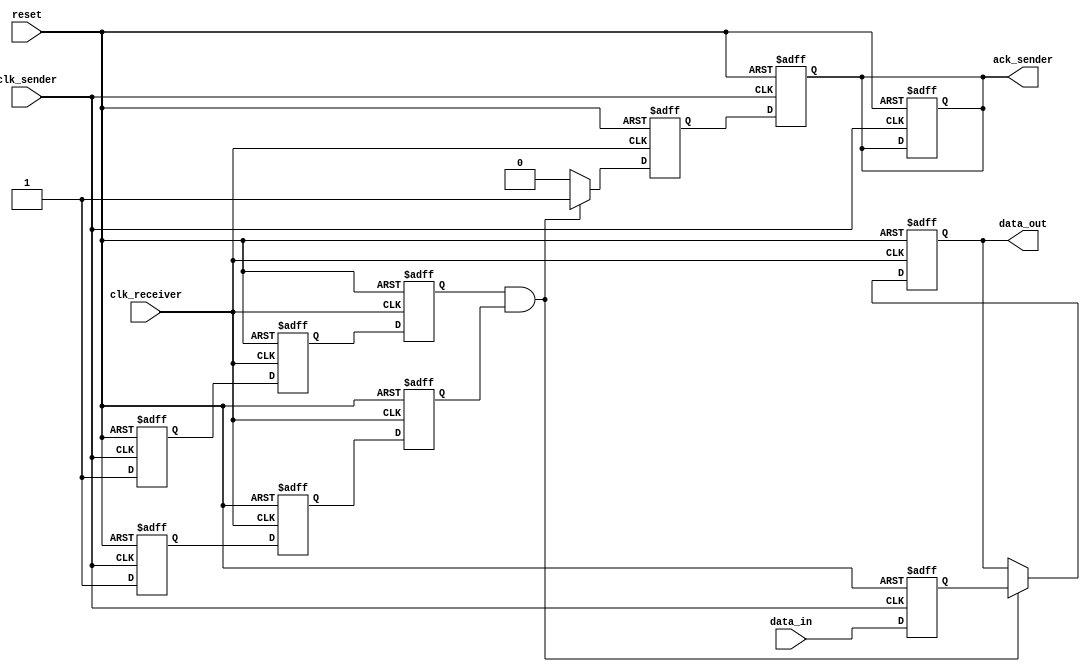
module handshake_synchronizer (
    input wire clk_sender,         // Sender clock
    input wire clk_receiver,       // Receiver clock
    input wire reset,              // Reset signal
    input wire [7:0] data_in,      // Data input from sender
    output reg [7:0] data_out,     // Data output to receiver
    output reg ack_sender          // Acknowledgment signal to sender
);

    // Sender side signals
    reg [7:0] data_reg;            // Data register
    reg valid;                     // Valid signal
    reg handshake;                 // Handshake signal

    // Receiver side signals
    reg valid_sync;                // Synchronized valid signal
    reg handshake_sync;            // Synchronized handshake signal
    reg ack_receiver;              // Acknowledgment signal from receiver

    // Dual-flop synchronizer for valid and handshake signals
    reg valid_sync_ff1, valid_sync_ff2;
    reg handshake_sync_ff1, handshake_sync_ff2;

    // Sender process
    always @(posedge clk_sender or posedge reset) begin
        if (reset) begin
            data_reg <= 8'b0;
            valid <= 1'b0;
            handshake <= 1'b0;
            ack_sender <= 1'b0;
        end else begin
            // Capture data and assert valid and handshake signals
            data_reg <= data_in;
            valid <= 1'b1;
            handshake <= 1'b1;
        end
    end

    // Receiver process
    always @(posedge clk_receiver or posedge reset) begin
        if (reset) begin
            data_out <= 8'b0;
            ack_receiver <= 1'b0;
        end else begin
            // Capture incoming data if valid and handshake are asserted
            if (valid_sync && handshake_sync) begin
                data_out <= data_reg;
                ack_receiver <= 1'b1; // Acknowledge receipt of data
            end else begin
                ack_receiver <= 1'b0; // Reset acknowledgment if not valid
            end
        end
    end

    // Synchronize valid and handshake signals to receiver clock domain
    always @(posedge clk_receiver or posedge reset) begin
        if (reset) begin
            valid_sync_ff1 <= 1'b0;
            valid_sync_ff2 <= 1'b0;
            handshake_sync_ff1 <= 1'b0;
            handshake_sync_ff2 <= 1'b0;
        end else begin
            valid_sync_ff1 <= valid;
            valid_sync_ff2 <= valid_sync_ff1;
            handshake_sync_ff1 <= handshake;
            handshake_sync_ff2 <= handshake_sync_ff1;
        end
    end

    // Assign synchronized signals
    assign valid_sync = valid_sync_ff2;
    assign handshake_sync = handshake_sync_ff2;

    // Acknowledge sender after receiving acknowledgment from receiver
    always @(posedge clk_sender or posedge reset) begin
        if (reset) begin
            ack_sender <= 1'b0;
        end else begin
            ack_sender <= ack_receiver; // Acknowledge receipt of data
        end
    end

endmodule